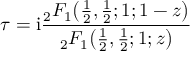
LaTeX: \tau = \mathrm { { i } } { \frac { { } _ { 2 } F _ { 1 } { \bigl ( } { \frac { 1 } { 2 } } , { \frac { 1 } { 2 } } ; 1 ; 1 - z { \bigr ) } } { { } _ { 2 } F _ { 1 } { \bigl ( } { \frac { 1 } { 2 } } , { \frac { 1 } { 2 } } ; 1 ; z { \bigr ) } } }